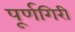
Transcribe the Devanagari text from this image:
पूर्णगिरी